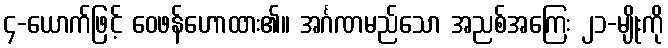
၄-ယောက်ဖြင့် ဝေဖန်ဟောထား၏။ အင်္ဂဏမည်သော အညစ်အကြေး ၂၁-မျိုးကို